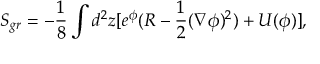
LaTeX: S _ { g r } = - { \frac { 1 } { 8 } } \int _ { } ^ { } d ^ { 2 } z [ e ^ { \phi } ( R - { \frac { 1 } { 2 } } ( \nabla \phi ) ^ { 2 } ) + U ( \phi ) ] ,